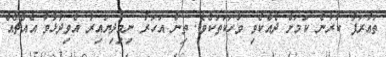
ތަޢާރަފު ކުރާނެ ކަމަށް ދެއްކެވި ވާހަކަތަކެވެ. ތިން އަހަރު ނިމިދިޔައިރު އެވިދާޅުވާ އެއްޗެއް